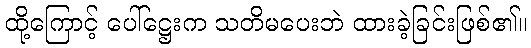
ထို့ကြောင့် ပေါ်ဋ္ဌေးက သတိမပေးဘဲ ထားခဲ့ခြင်းဖြစ်၏။